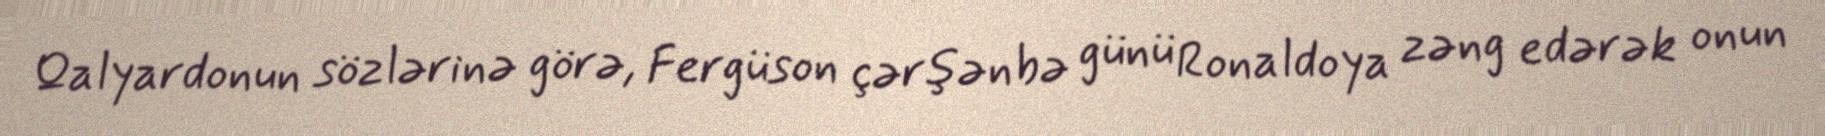
Qalyardonun sözlərinə görə, Fergüson çərşənbə günü Ronaldoya zəng edərək onun